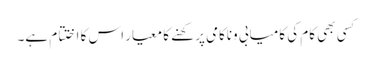
کسی بھی کام کی کامیابی وناکامی پرکھنے کا معیار اس کا اختتام ہے۔